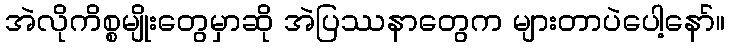
အဲလိုကိစ္စမျိုးတွေမှာဆို အဲပြဿနာတွေက များတာပဲပေါ့နော်။